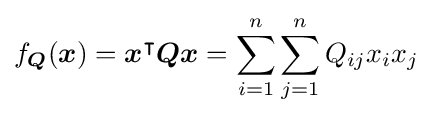
f_{\boldsymbol {Q}}({\boldsymbol {x}})={\boldsymbol {x}}^{\intercal }{\boldsymbol {Qx}}=\sum _{i=1}^{n}\sum _{j=1}^{n}Q_{ij}x_{i}x_{j}